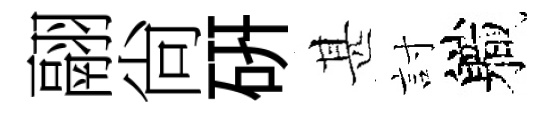
翮尙硏甚討軄